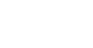
ဥရတ္တာဠိံ